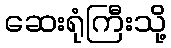
ဆေးရုံကြီးသို့